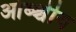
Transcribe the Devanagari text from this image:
ओब्श्चीय